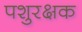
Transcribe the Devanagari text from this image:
पशुरक्षक